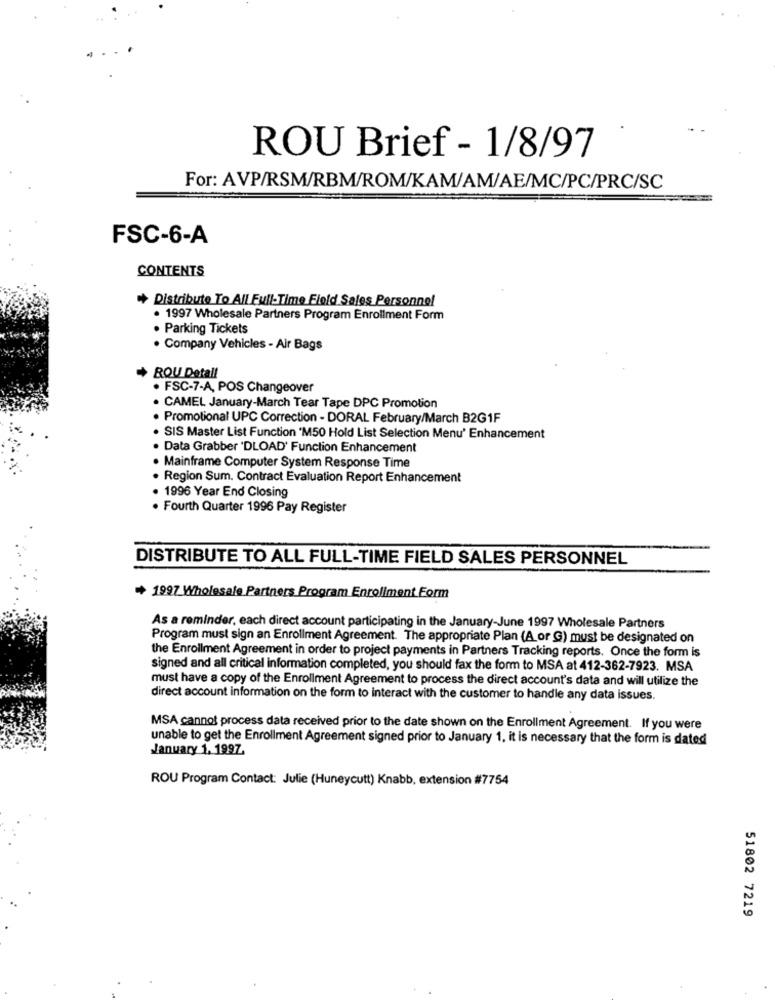
ROU Brief - 1/8/97
For: AVP/RSM/RBM/ROM/KAM/AM/AE/MC/PC/PRC/SC
FSC-6-A
CONTENTS
Distribute To All Full-Time Field Sales Personnel
. 1997 Wholesale Partners Program Enrollment Form
. Parking Tickets
· Company Vehicles - Air Bags
+ RQU Detall
. FSC-7-A, POS Changeover
. CAMEL January-March Tear Tape DPC Promotion
· Promotional UPC Correction - DORAL February/March B2G1F
. SIS Master List Function 'M50 Hold List Selection Menu' Enhancement
. Data Grabber 'DLOAD' Function Enhancement
. Mainframe Computer System Response Time
· Region Sum. Contract Evaluation Report Enhancement
1996 Year End Closing
· Fourth Quarter 1996 Pay Register
DISTRIBUTE TO ALL FULL-TIME FIELD SALES PERSONNEL
+ 1997 Wholesale Partners Program Enrollment Form
As a reminder, each direct account participating in the January-June 1997 Wholesale Partners
Program must sign an Enrollment Agreement. The appropriate Plan (A or G) must be designated on
the Enrollment Agreement in order to project payments in Partners Tracking reports. Once the form is
signed and all critical information completed, you should fax the form to MSA at 412-362-7923. MSA
must have a copy of the Enrollment Agreement to process the direct account's data and will utilize the
direct account information on the form to interact with the customer to handle any data issues.
MSA cannot process data received prior to the date shown on the Enrollment Agreement. If you were
unable to get the Enrollment Agreement signed prior to January 1, it is necessary that the form is dated
January 1. 1997,
ROU Program Contact: Julie (Huneycutt) Knabb, extension #7754
51802 7219